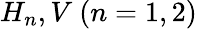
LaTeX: H_{n},V~(n=1,2)